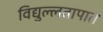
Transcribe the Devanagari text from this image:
विद्युल्लतापात